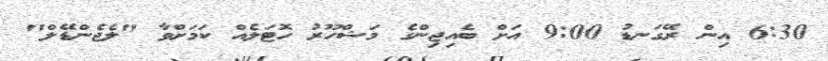
6:30 އިން ރޭގަނޑު 9:00 އަށް ބެއިޖިންގެ މަޝްހޫރު ހޮޓަލެއް ކަމަށްވާ "ލެޖެންޑޭލް"